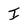
Character: I